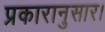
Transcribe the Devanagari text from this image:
प्रकारानुसार।